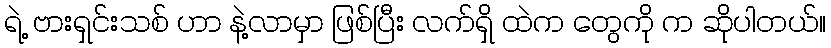
ရဲ့ ဗားရှင်းသစ် ဟာ နဲ့လာမှာ ဖြစ်ပြီး လက်ရှိ ထဲက တွေကို က ဆိုပါတယ်။